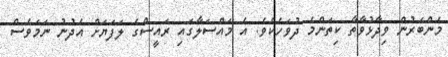
މެންބަރުން ވިދާޅުވާތާ ކިތަންމެ ދުވަހެކެވެ. އެ މައްސަލާގައި ރައީސްގެ ލަފަޔަށް އެދުނު ނަމަވެސް